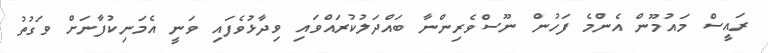
ރައީސް މައުމޫން އެންމެ ފަހުން ނޫސްވެރިންނާ ބައްދަލުކުރައްވައި ވިދާޅުވެފައި ވަނީ އެމަނިކުފާނަށް ވަގުތު